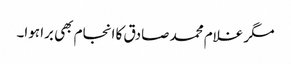
مگر غلام محمد صادق کا انجام بھی برا ہوا۔